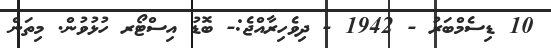
10 ޑިސެމްބަރު - 1942 - ދިވެހިރާއްޖެ:- ބޮޑު އިސްޓޯރ ހުޅުވުން. މިތަން